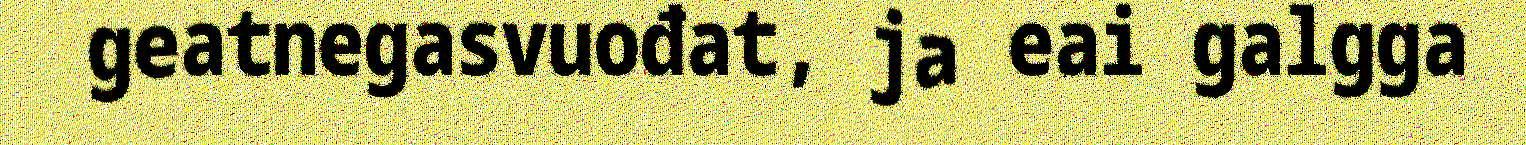
geatnegasvuođat, ja eai galgga